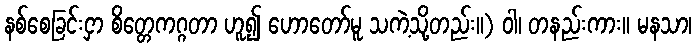
နစ်စေခြင်းငှာ စိတ္တေကဂ္ဂတာ ဟူ၍ ဟောတော်မူ သကဲ့သို့တည်း။) ဝါ၊ တနည်းကား။ မနသာ၊